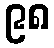
၉၈